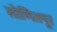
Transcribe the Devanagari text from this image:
सोणितपूर